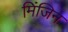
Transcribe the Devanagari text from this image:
मिंजिन